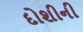
દોશીની